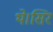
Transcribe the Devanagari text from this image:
थे।सिर